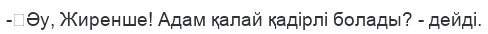
-	Әу, Жиренше! Адам қалай қадірлі болады? - дейді.